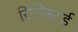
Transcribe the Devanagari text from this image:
रिजिस्टर्ड